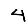
Digit: 4